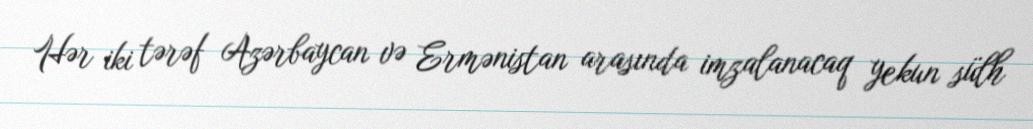
Hər iki tərəf Azərbaycan və Ermənistan arasında imzalanacaq yekun sülh